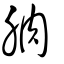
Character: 朒